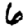
Digit: 6